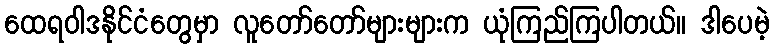
ထေရဝါဒနိုင်ငံတွေမှာ လူတော်တော်များများက ယုံကြည်ကြပါတယ်။ ဒါပေမဲ့